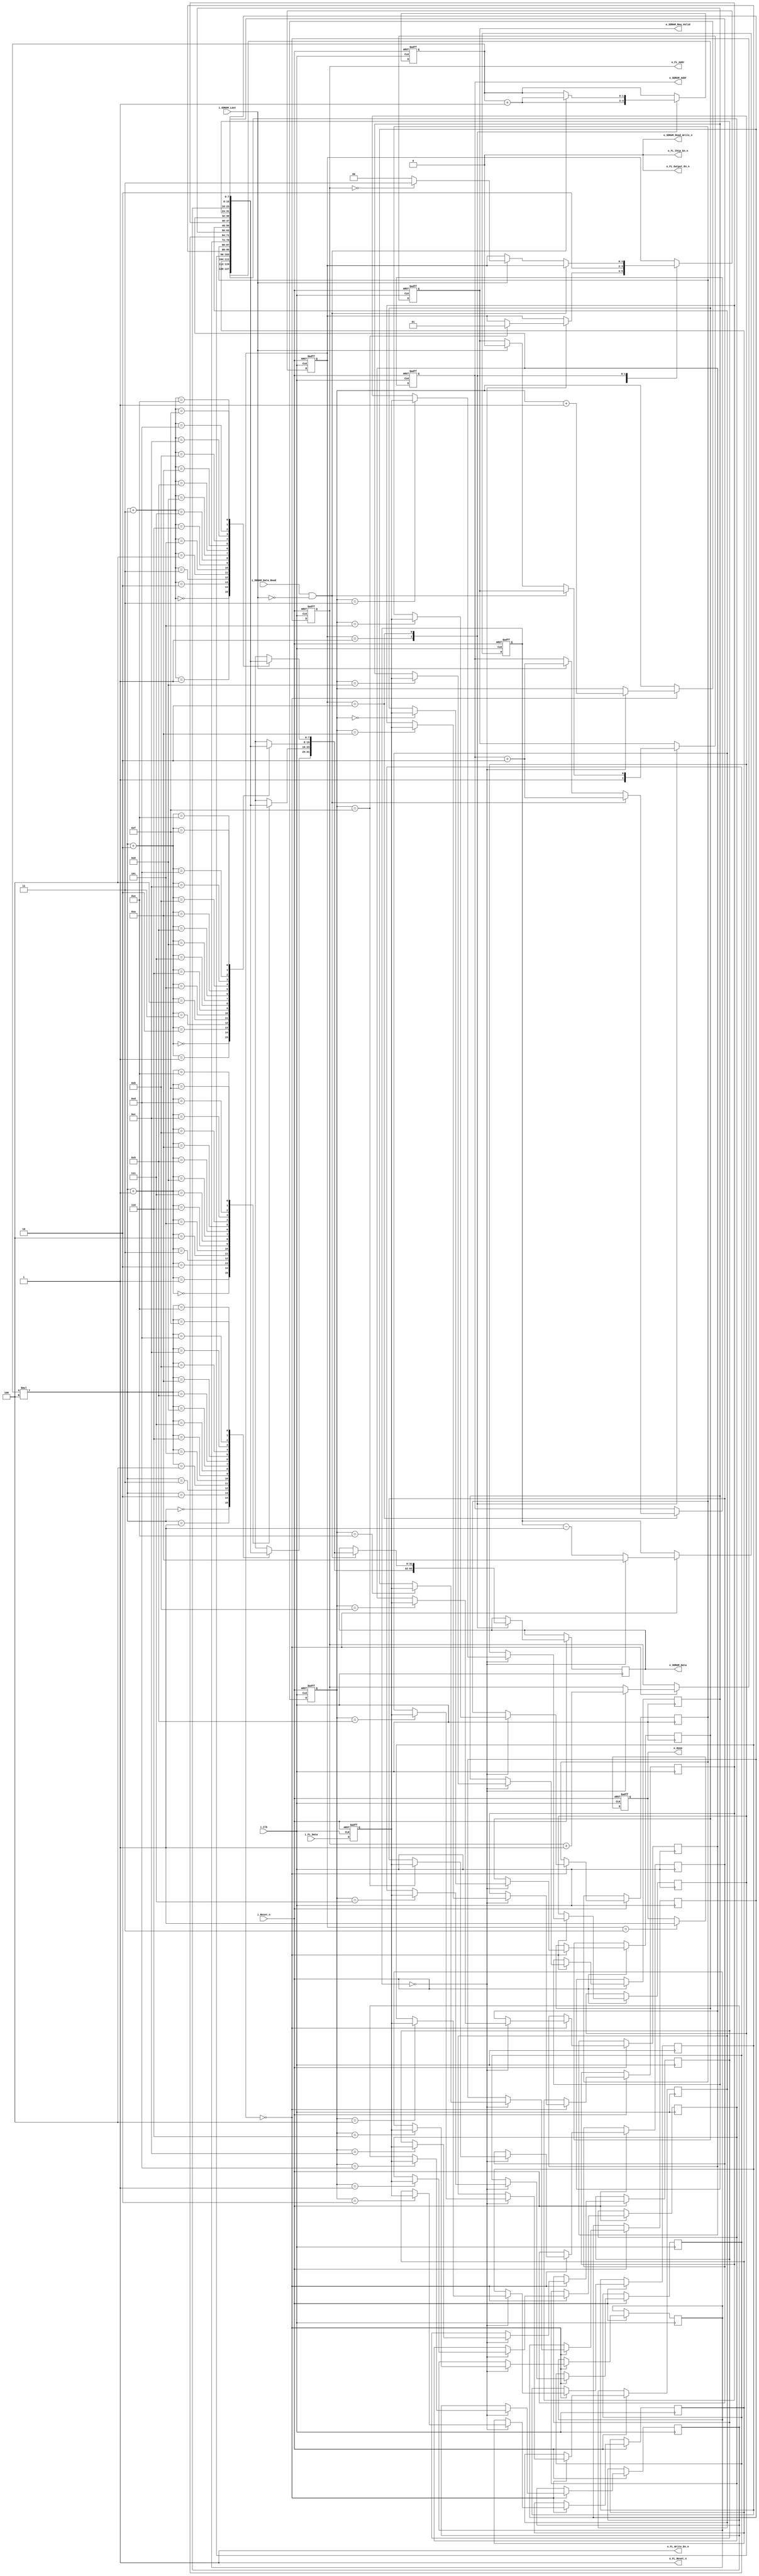
module flashreader
#(
	// Params for overall access
	parameter WORDS_TO_LOAD = 32'h100000,			// the ultimate loader

	// Params for clock
	parameter CLOCK_PERIOD_PS = 10_000,		// Clock period in ps
	
	// Parameterizations for dram
	
	parameter DRAM_ADDR_WIDTH = 22,				// Bits in the whole address
	parameter DRAM_BASE_ADDR = {DRAM_ADDR_WIDTH{1'b0}},			// Base address to start dumping
	parameter DRAM_DATA_WIDTH = 32,			// Bits per data burst to the dram
	parameter DRAM_DATA_BURST_COUNT = 4,		// How many widths of data the dram expects per write
	
	// Parameterizations for flash
	parameter FLASH_BASE_ADDR = 22'd0,				// Base addr to load from flash
	parameter FLASH_ADDR_WIDTH = 22,				// How many bits in the addr. of flash
	parameter FLASH_DATA_WIDTH = 8,				// Bits per data line
	parameter FLASH_READ_WAIT_TIME_PS = 90000		// How many ps it takes after a read request to provide data
)
(
	// User interface
		// Inputs
	input i_Clk,			// Mem clk
	input i_Reset_n,			// Resets the internal state machine, initiates another copy
	
		// Outputs
	output reg o_Done,			// When finished w/ block copy, done is raised
	
	// SDRAM Interface
		// General interface
	output reg [(DRAM_ADDR_WIDTH-1):0] o_SDRAM_Addr,		// Addr we want to write to
	output reg o_SDRAM_Req_Valid,				// Whether the request is valid or not
	output o_SDRAM_Read_Write_n,					// Whether we're doing a write or not (ALWAYS WRITE)
	
		// Write input data interface
	output reg [(DRAM_DATA_WIDTH-1):0] o_SDRAM_Data,	// The data we are going to write
	input i_SDRAM_Data_Read,						// Feedback from ram - was the data read?
	input i_SDRAM_Last,									// Indicates that the ram is on the last word of the transaction
	
		// Flash interface
	output reg [(FLASH_ADDR_WIDTH-1):0] o_FL_Addr,	// Flash address
	input [(FLASH_DATA_WIDTH-1):0] i_FL_Data,			// Input data from the flash
	output o_FL_Chip_En_n,						// Chip enable
	output o_FL_Output_En_n,							// Output enable
	output o_FL_Write_En_n,							// Write enable
	output o_FL_Reset_n								// Reset
);

// Constants
localparam FLASH_READ_WAIT_CYCLES = ((FLASH_READ_WAIT_TIME_PS/CLOCK_PERIOD_PS) + 4'd1);		// How many cycles that must be waited for after issuing a read req.
localparam FLASH_READS_PER_LINE = ((DRAM_DATA_WIDTH)/(FLASH_DATA_WIDTH))*DRAM_DATA_BURST_COUNT;		// # of flash reads per line for dmem

// Hardwired assignments
	// For dmem
assign o_SDRAM_Read_Write_n = 0;		// Only do writes

	// For flash
assign o_FL_Chip_En_n = 0;							// Flash always on
assign o_FL_Output_En_n = 0;					// Always output (only reading)
assign o_FL_Write_En_n = 1;							// Never write
assign o_FL_Reset_n = 1;						// Do not request resets

// Internal registers
	// Write buffer; data is stored here temporarily before being written out to the main memory
reg [(FLASH_DATA_WIDTH-1):0] dmem_write_buf[(DRAM_DATA_WIDTH/FLASH_DATA_WIDTH)*DRAM_DATA_BURST_COUNT-1:0];

reg [(FLASH_DATA_WIDTH-1):0] FL_Data_Reg;

reg [3:0] FlashReadCount;
reg [3:0] FlashWaitCount;
reg [1:0] DRAMWriteCount;

// States
reg [1:0] State;

localparam FS_LOAD_LINE = 2'd0;
localparam FS_DMEM_REQ = 2'd1;
localparam FS_DMEM_WRITE = 2'd2;
localparam FS_DONE = 2'd3;

always @(posedge i_Clk or negedge i_Reset_n)
begin
	if( ~i_Reset_n )
	begin
		FL_Data_Reg <= 0;
		State <= FS_LOAD_LINE;
		FlashReadCount <= 0;
		FlashWaitCount <= FLASH_READ_WAIT_CYCLES;
		DRAMWriteCount <= 0;
		o_SDRAM_Addr <= DRAM_BASE_ADDR;
		
		o_Done <= 0;
		
		o_FL_Addr <= FLASH_BASE_ADDR;
		o_SDRAM_Req_Valid <= 1'b0;
	end
	else
	begin
		FL_Data_Reg <= i_FL_Data;
		case(State)
			FS_LOAD_LINE:
			begin
				if (FlashWaitCount == 0)
				begin
					o_FL_Addr <= o_FL_Addr+22'd1;
					dmem_write_buf[FlashReadCount] <= FL_Data_Reg;
					FlashReadCount <= FlashReadCount+4'd1;
					FlashWaitCount <= FLASH_READ_WAIT_CYCLES;
					
					if (FlashReadCount == (FLASH_READS_PER_LINE-1))
					begin
						State <= FS_DMEM_REQ;
					end
				end
				else
					FlashWaitCount <= FlashWaitCount-4'd1;
			end
			FS_DMEM_REQ:
			begin
				DRAMWriteCount <= DRAMWriteCount+2'd1;
				o_SDRAM_Data <= {dmem_write_buf[DRAMWriteCount*4],dmem_write_buf[DRAMWriteCount*4+1],dmem_write_buf[DRAMWriteCount*4+2],dmem_write_buf[DRAMWriteCount*4+3]};				
				o_SDRAM_Req_Valid <= 1'b1;
				State <= FS_DMEM_WRITE;
			end
			FS_DMEM_WRITE:
			begin
				if (i_SDRAM_Data_Read & !i_SDRAM_Last)
				begin
					DRAMWriteCount <= DRAMWriteCount+2'd1;
					o_SDRAM_Addr <= o_SDRAM_Addr + 22'd2;
					o_SDRAM_Data <= {dmem_write_buf[DRAMWriteCount*4],dmem_write_buf[DRAMWriteCount*4+1],dmem_write_buf[DRAMWriteCount*4+2],dmem_write_buf[DRAMWriteCount*4+3]};
				end
				else if (i_SDRAM_Last)
				begin				
					o_SDRAM_Req_Valid <= 1'b0;
					o_SDRAM_Addr <= o_SDRAM_Addr + 22'd2;
					if (o_FL_Addr[21:0] == {WORDS_TO_LOAD[19:0],2'b0})
						State <= FS_DONE;
					else
						State <= FS_LOAD_LINE;
				end
			end
			FS_DONE:
			begin
				o_Done <= 1'b1;
			end
		endcase
	end
end

endmodule